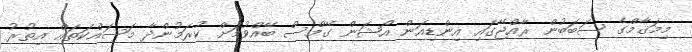
މިމަޤާމްގެ ސަބަބުން ރާއްޖޭގައި އިންޑިއަން އޯޝަން ގޭމްސް ބޭއްވުމަށް ކުރަމުންދާ މަަސައްކަތައް އިތުރު